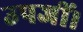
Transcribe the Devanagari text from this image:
उपजीं।